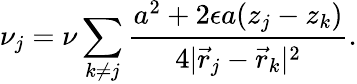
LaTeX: \nu_{j}=\nu\sum_{k\ne j}\frac{a^{2}+2\epsilon a(z_{j}-z_{k})}{4|\vec{r}_{j}-\vec{r}_{k}|^{2}}.